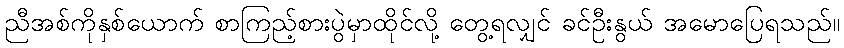
ညီအစ်ကိုနှစ်ယောက် စာကြည့်စားပွဲမှာထိုင်လို့ တွေ့ရလျှင် ခင်ဦးနွယ် အမောပြေရသည်။